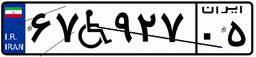
۶۷W۹۲۷۰۵